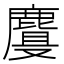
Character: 𱊾